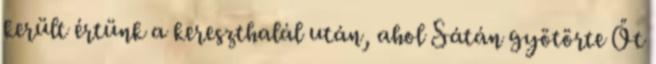
került értünk a kereszthalál után, ahol Sátán gyötörte Őt